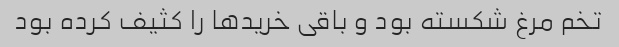
تخم مرغ شکسته بود و باقی خریدها را کثیف کرده بود